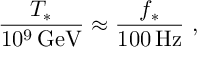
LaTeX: { \frac { T _ { * } } { 1 0 ^ { 9 } \, \mathrm { G e V } } } \approx { \frac { f _ { * } } { 1 0 0 \, \mathrm { H z } } } \ ,